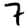
Digit: 7